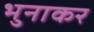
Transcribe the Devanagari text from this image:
भुनाकर